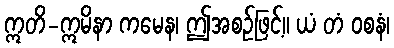
ဣတိ-ဣမိနာ ကမေန၊ ဤအစဉ်ဖြင့်။ ယံ တံ ဝစနံ၊